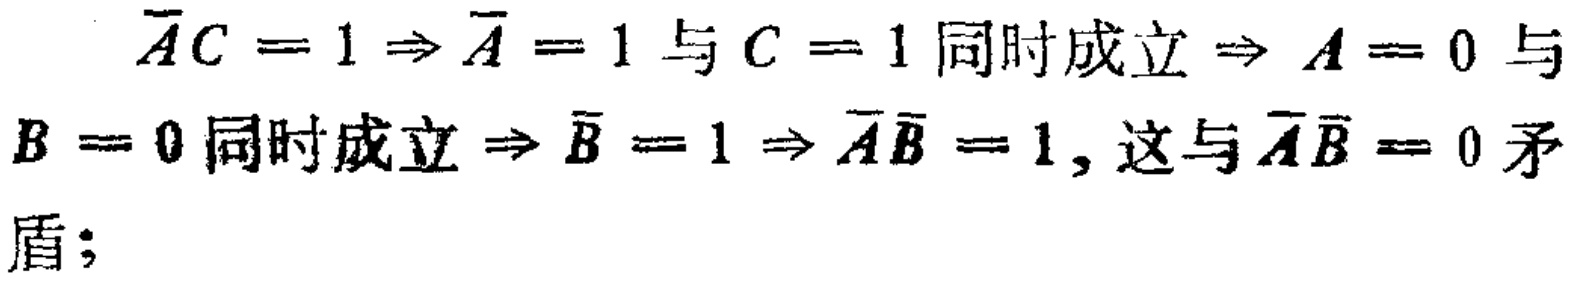
\(\overline{A}C = 1 \Rightarrow \overline{A} = 1\text{ 与 }C = 1\text{ 同时成立} \Rightarrow A = 0\text{ 与 }B = 0\text{ 同时成立} \Rightarrow \overline{B} = 1 \Rightarrow \overline{A}\overline{B} = 1\text{, 这与 }\overline{A}\overline{B} = 0\text{ 矛盾;}\)